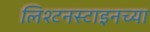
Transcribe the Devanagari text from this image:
लिश्टनस्टाइनच्या